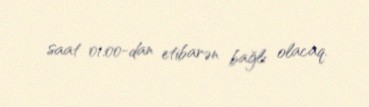
saat 01:00-dan etibarən bağlı olacaq.